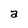
Character: a